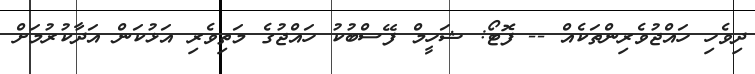
ދިވެހި ހައްޖުވެރިންތަކެއް -- ފޮޓޯ: ޝަހީމް ފޭސްބުކު ހައްޖުގެ މަތިވެރި އަޅުކަަން އަދާކުރުމަށް